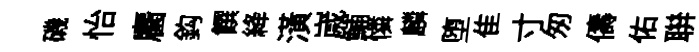
磯怡麕鈎饌絳潢𡻕鯆憐麟堕隹寸匆儔佑聨